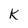
Character: K